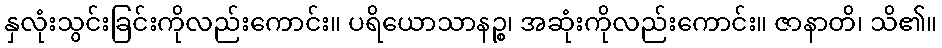
နှလုံးသွင်းခြင်းကိုလည်းကောင်း။ ပရိယောသာနဉ္စ၊ အဆုံးကိုလည်းကောင်း။ ဇာနာတိ၊ သိ၏။